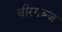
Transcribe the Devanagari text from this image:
वीरगञ्ज